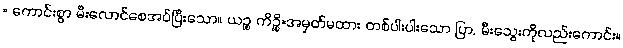
= ကောင်းစွာ မီးလောင်စေအပ်ပြီးသော။ ယဉ္စ ကိဉ္စိ=အမှတ်မထား တစ်ပါးပါးသော ပြာ, မီးသွေးကိုလည်းကောင်း။